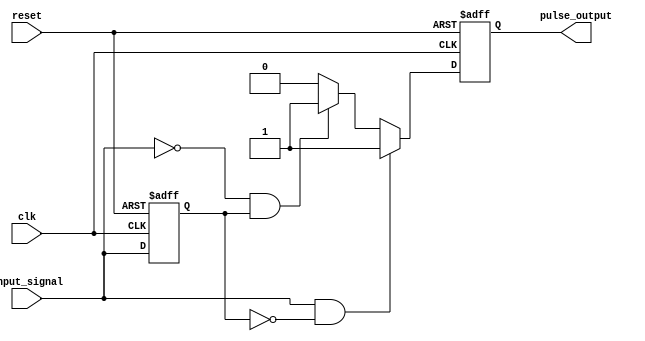
module pulse_edge_detector (
    input wire clk,                // Clock signal
    input wire reset,              // Asynchronous reset signal
    input wire input_signal,       // Input signal to detect edges
    output reg pulse_output         // Output pulse signal
);

    reg previous_state;            // Memory block to store previous state

    // Asynchronous reset and state storage
    always @(posedge clk or posedge reset) begin
        if (reset) begin
            previous_state <= 1'b0; // Reset previous state to low
            pulse_output <= 1'b0;    // Reset pulse output
        end else begin
            // Edge detection logic
            if (input_signal && !previous_state) begin
                // Rising edge detected
                pulse_output <= 1'b1; // Generate pulse
            end else if (!input_signal && previous_state) begin
                // Falling edge detected
                pulse_output <= 1'b1; // Generate pulse
            end else begin
                pulse_output <= 1'b0; // No edge detected, reset pulse
            end
            
            // Update previous state
            previous_state <= input_signal;
        end
    end

endmodule